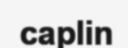
caplin